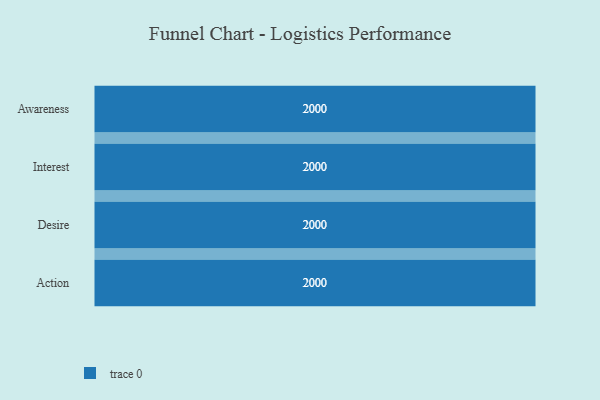
{"axis": {"x": "Stage", "y": "Value"}, "legend": [""], "data": [{"x": "Awareness", "y": 2000, "type": ""}, {"x": "Interest", "y": 2000, "type": ""}, {"x": "Desire", "y": 2000, "type": ""}, {"x": "Action", "y": 2000, "type": ""}]}